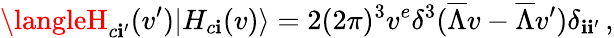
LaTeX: \langleH_{c\mathbf{i}^{\prime}}(v^{\prime})|H_{c\mathbf{i}}(v)\rangle=2(2\pi)^{3}v^{e}\delta^{3}(\overline{{{{\Lambda}}}}v-\overline{{{{\Lambda}}}}v^{\prime})\delta_{\mathbf{i}\mathbf{i}^{\prime}}\, ,